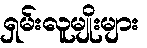
ရှမ်းလူမျိုးများ